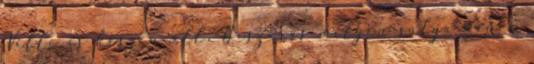
Ville is készen áll. Beszarás milyen súlya van a